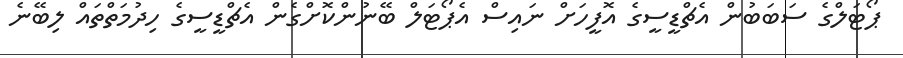
ޕޯޓަލްގެ ސަބަބުން އެޗްޑީސީގެ އޮފީހަށް ނައިސް އެޕޯޓަލް ބޭނުންކޮށްގެން އެޗްޑީސީގެ ހިދުމަތްތައް ލިބޭނެ